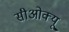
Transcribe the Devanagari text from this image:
सीओक्यू